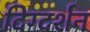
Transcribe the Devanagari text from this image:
दिग्‍दर्शन